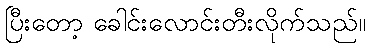
ပြီးတော့ ခေါင်းလောင်းတီးလိုက်သည်။